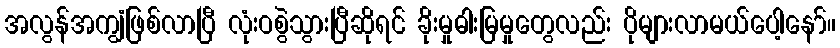
အလွန်အကျွံဖြစ်လာပြီ လုံးဝစွဲသွားပြီဆိုရင် ခိုးမှုဓါးမြမှုတွေလည်း ပိုများလာမယ်ပေါ့နော်။